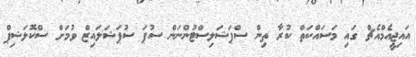
އައިޖީއެމްއެޗް ގައި މަސައްކަތް ކުރާ ތިން ސްޕަޝަލިސްޓުންނަން ސުޕަ ސުޕަޝަލައިޒް ވުމަށް ސްކޮލަޝިޕް